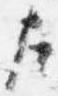
左